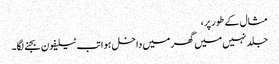
مثال کے طور پر،
جلد نہیں میں گھر میں داخل ہوا تب ٹیلیفون بجنے لگا۔